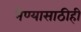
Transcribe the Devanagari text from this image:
नेण्यासाठीही